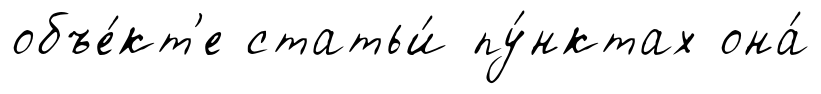
объе́кт'е статьи́ пу́нктах она́